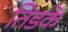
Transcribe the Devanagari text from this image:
तिडके